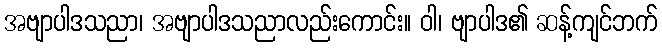
အဗျာပါဒသညာ၊ အဗျာပါဒသညာလည်းကောင်း။ ဝါ၊ ဗျာပါဒ၏ ဆန့်ကျင်ဘက်